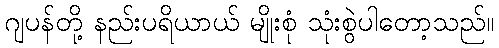
ဂျပန်တို့ နည်းပရိယာယ် မျိုးစုံ သုံးစွဲပါတော့သည်။